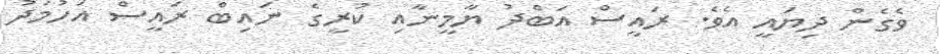
ވެގެން ދިޔައީ އެވެ. ރައީސް އަބްދު ޔާމީނާއި ކުރީގެ ނައިބް ރައީސް އަހުމަދު